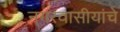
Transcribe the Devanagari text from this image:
नगरवासीयांचे